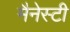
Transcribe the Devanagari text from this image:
मैनेस्टी